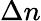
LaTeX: \Delta n